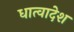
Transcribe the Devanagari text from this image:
धात्वादेश